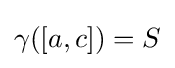
\gamma ([a,c])=S